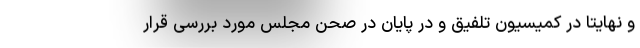
و نهایتاً در کمیسیون تلفیق و در پایان در صحن مجلس مورد بررسی قرار